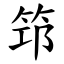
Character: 筇